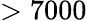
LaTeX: >7000